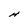
Character: H